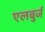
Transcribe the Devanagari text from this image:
एलबुर्ज